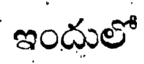
ఇందులో